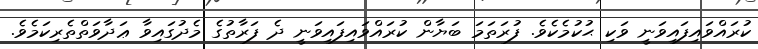
ކުރައްވައިފައިވަނީ ވަކި ޙުކުމެކެވެ. ފުރަތަމަ ބަޔާން ކުރައްވައިފައިވަނީ ދެ ފަރާތުގެ މެދުގައިވާ ޢަދާވަތްތެރިކަމެވެ.